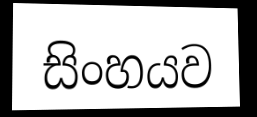
සිංහයව